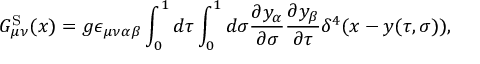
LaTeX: G _ { \mu \nu } ^ { \mathrm { S } } ( x ) = g \epsilon _ { \mu \nu \alpha \beta } \int _ { 0 } ^ { 1 } d \tau \int _ { 0 } ^ { 1 } d \sigma { \frac { \partial y _ { \alpha } } { \partial \sigma } } { \frac { \partial y _ { \beta } } { \partial \tau } } \delta ^ { 4 } ( x - y ( \tau , \sigma ) ) ,